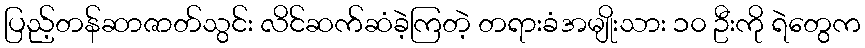
ပြည့်တန်ဆာဇာတ်သွင်း လိင်ဆက်ဆံခဲ့ကြတဲ့ တရားခံအမျိုးသား ၁၀ ဦးကို ရဲတွေက